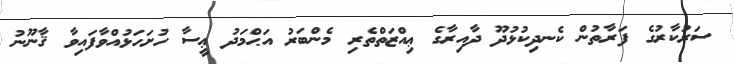
ސަރުކާރުގެ ފަރާތުން ކެނދިކުޅުދޫ ދާއިރާގެ ޢިއްޒަތްތެރި މެންބަރު އަޙްމަދު ޢީސާ ހުށަހަޅުއްވާފައިވާ ޤާނޫނު